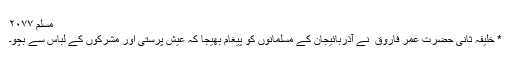
مسلم ۲۰۷۷
* خلیفہ ثانی حضرت عمر فاروق ؓ نے آذربائیجان کے مسلمانوں کو پیغام بھیجا کہ عیش پرستی اور مشرکوں کے لباس سے بچو۔